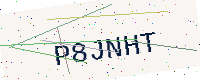
Text: P8JNHT